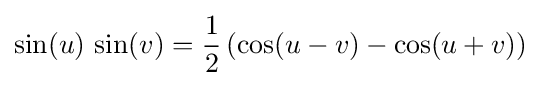
\sin(u)\,\sin(v)={\frac {1}{2}}\left(\cos(u-v)-\cos(u+v)\right)